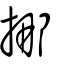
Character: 挪